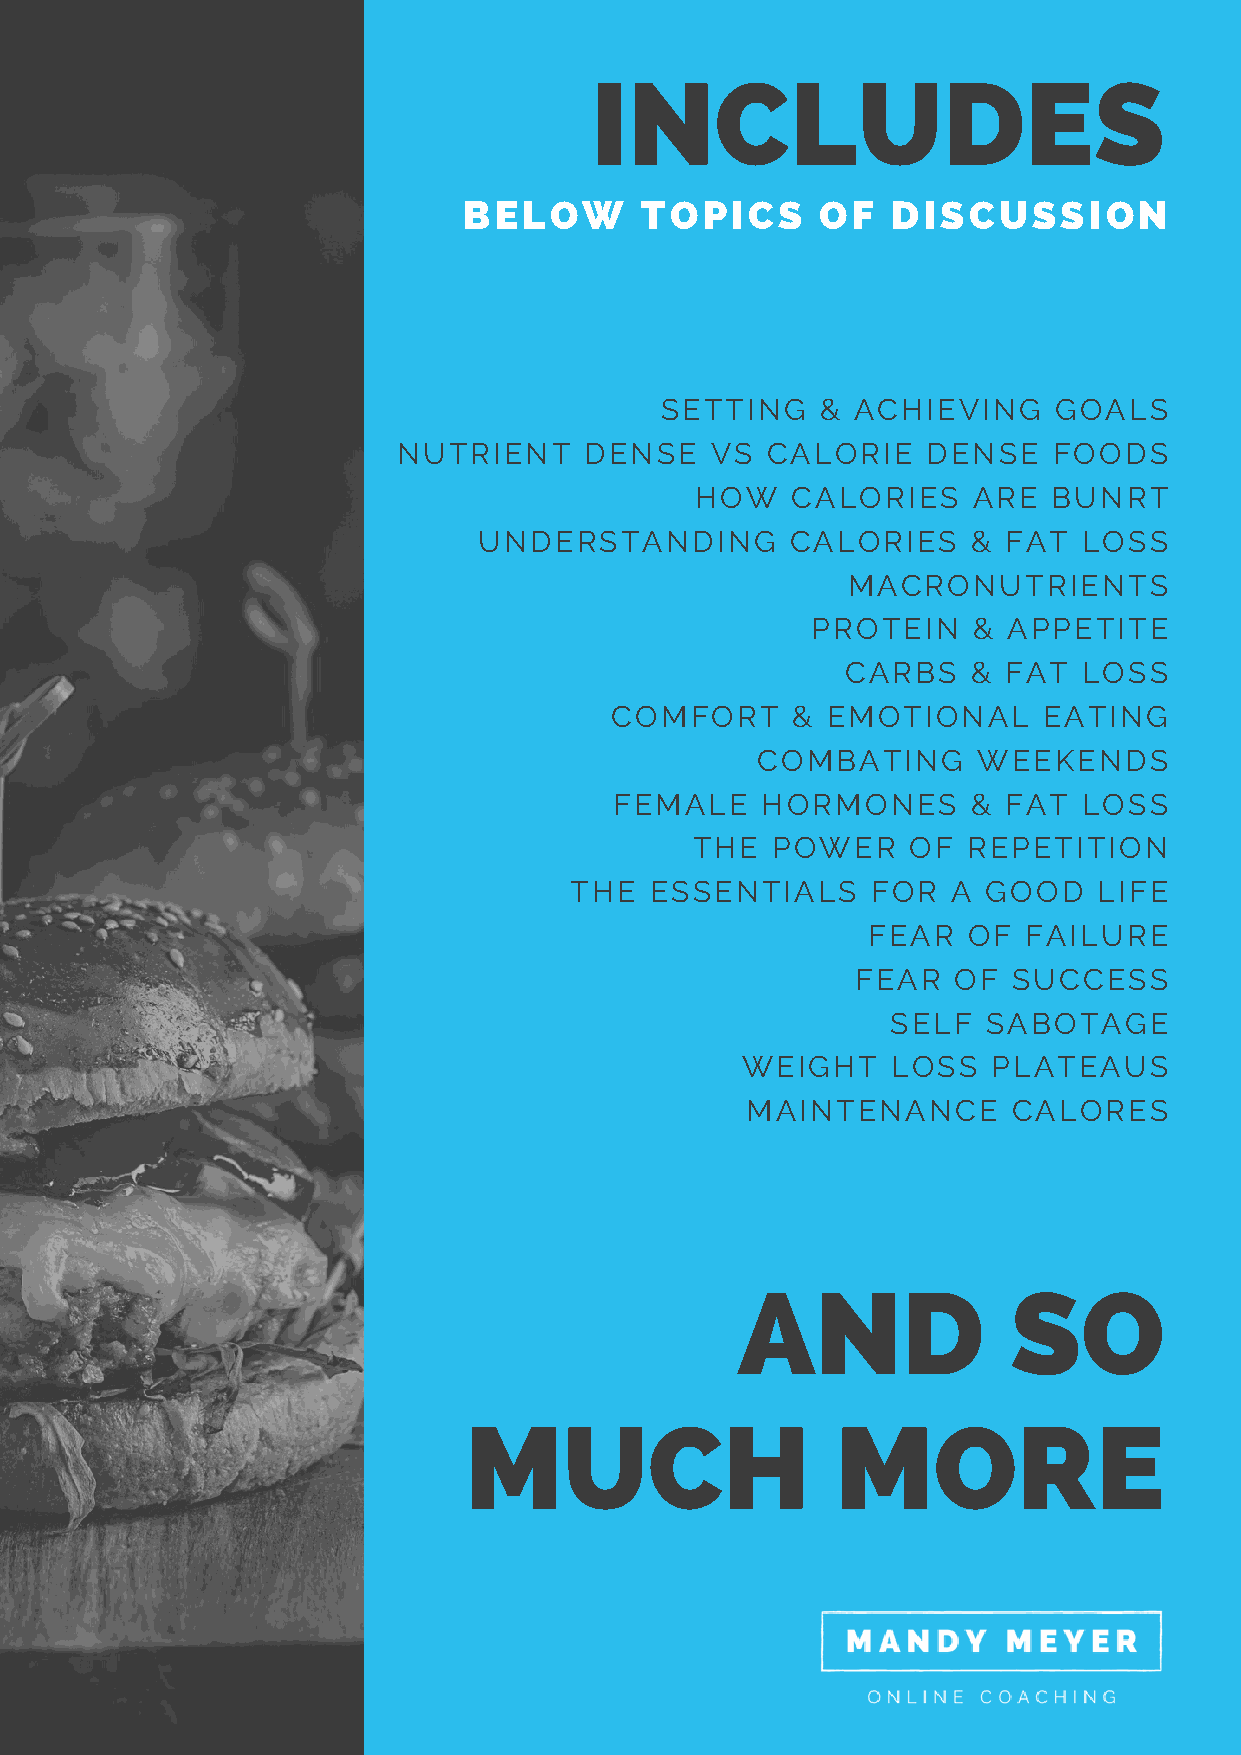
INCLUDES
 BELOW      TOPICS      OF   DISCUSSION
 SETTING   &  ACHIEVING    GOALS
 NUTRIENT     DENSE   VS  CALORIE   DENSE    FOODS
 HOW   CALORIES    ARE   BUNRT
 UNDERSTANDING       CALORIES    &  FAT  LOSS
 MACRONUTRIENTS
 PROTEIN   &  APPETITE
 CARBS   &  FAT  LOSS
 COMFORT     &  EMOTIONAL     EATING
 COMBATING      WEEKENDS
 FEMALE   HORMONES      &  FAT  LOSS
 THE  POWER    OF  REPETITION
 THE  ESSENTIALS     FOR  A GOOD    LIFE
 FEAR   OF  FAILURE
 FEAR  OF  SUCCESS
 SELF  SABOTAGE
 WEIGHT    LOSS   PLATEAUS
 MAINTENANCE       CALORES
 AND               SO
 MUCH                    MORE